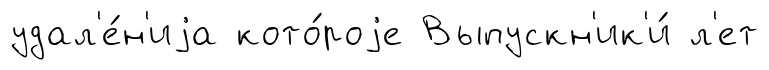
удал'е́н'иjа кото́роjе Выпускн'ик'и́ л'ет